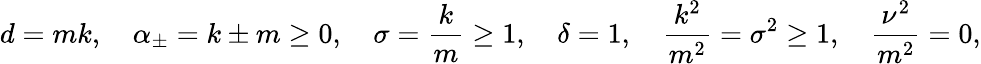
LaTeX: d=mk,\quad\alpha_{\pm}=k\pm m\ge 0,\quad\sigma=\frac{k}{m}\ge 1,\quad\delta=1,\quad\frac{k^{2}}{m^{2}}=\sigma^{2}\ge 1,\quad\frac{\nu^{2}}{m^{2}}=0,